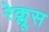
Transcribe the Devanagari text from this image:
रेक्लूस